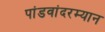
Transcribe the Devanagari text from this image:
पांडवांदरम्यान